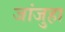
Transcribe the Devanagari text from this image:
जांजुहा